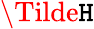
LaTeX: \Tilde{\mathtt{H}}